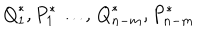
{ Q } _ { 1 } ^ { \ast } , { P } _ { 1 } ^ { \ast } \dots , \, { Q } _ { n - m } ^ { \ast } , { P } _ { n - m } ^ { \ast }